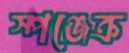
স্পঞ্জেক্র